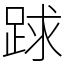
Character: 䟵